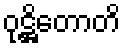
ဝုဋ္ဌိတောတိ